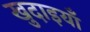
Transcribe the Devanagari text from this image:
खुदाइयाँ